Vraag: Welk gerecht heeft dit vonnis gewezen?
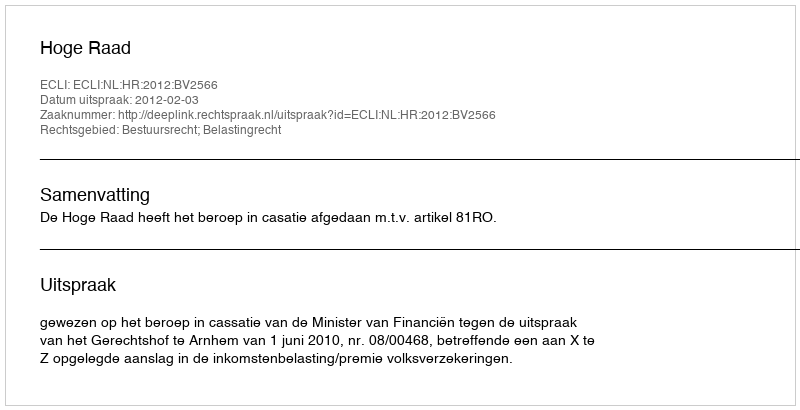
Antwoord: Hoge Raad